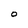
Character: O